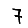
Digit: 7